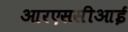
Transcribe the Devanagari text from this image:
आरएससीआई